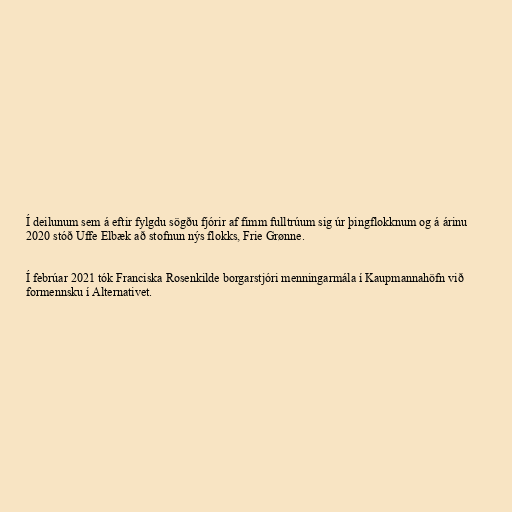
Í deilunum sem á eftir fylgdu sögðu fjórir af fimm fulltrúum sig úr þingflokknum og á árinu
2020 stóð Uffe Elbæk að stofnun nýs flokks, Frie Grønne.

Í febrúar 2021 tók Franciska Rosenkilde borgarstjóri menningarmála í Kaupmannahöfn við
formennsku í Alternativet.